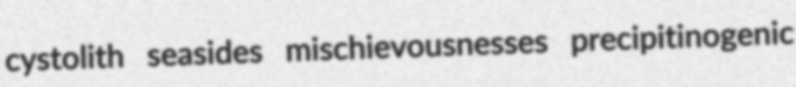
cystolith seasides mischievousnesses precipitinogenic